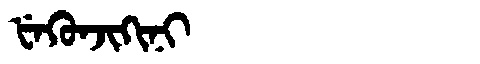
Manchu: ᡶᡝᡴᡠᠨᠵᡳᡴᡳᠨᡳ
Romanization: FEKUNJIKINI